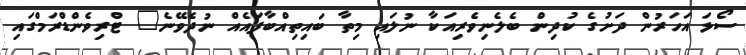
ސޯޅަ އަހަރުން ދަށުގެ ކުދިން ބެލެނިވެރިއަކާ ނުލައި މިތާ ބައިތިއްބާފައެއް ނުދެވޭނެ" ޓްރިވެންޑްރަމްގައި